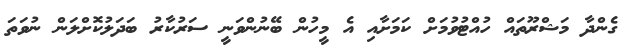
ގެންދާ މަޝްރޫތައް ހުއްޓުވުމަށް ކަމަށާއި އެ މީހުން ބޭނުންވަނީ ސަރުކާރު ބަދަލުކޮށްލަން ނުވަތަ